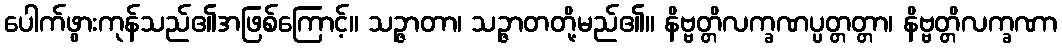
ပေါက်ဖွားကုန်သည်၏အဖြစ်ကြောင့်။ သဉ္ဇာတာ၊ သဉ္ဇာတတို့မည်၏။ နိဗ္ဗတ္တိလက္ခဏပ္ပတ္တတ္တာ၊ နိဗ္ဗတ္တိလက္ခဏာ